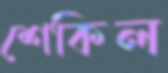
শেকিল